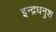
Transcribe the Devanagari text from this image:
इन्द्रधनुश